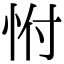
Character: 㤔